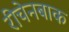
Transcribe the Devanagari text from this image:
रीचेनबाक